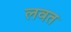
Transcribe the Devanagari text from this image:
लवत